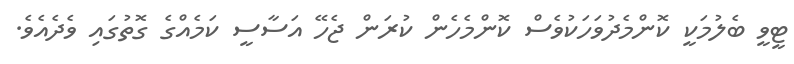
ޓީވީ ބެލުމަކީ ކޮންމެދުވަހަކުވެސް ކޮންމެހެން ކުރަން ޖެހޭ އަސާސީ ކަމެއްގެ ގޮތުގައި ވެދެއެވެ.